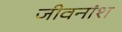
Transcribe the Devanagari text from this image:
जीवनांश